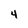
Character: 4